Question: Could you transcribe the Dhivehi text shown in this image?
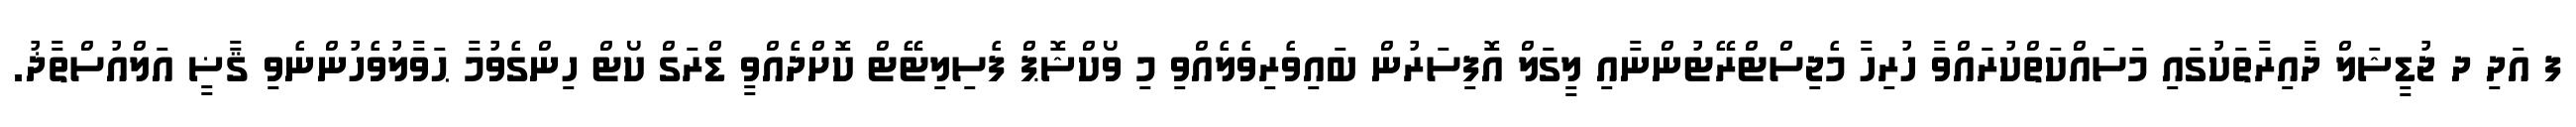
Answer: ފ އަދި ދ ޖުޑީޝަލް ދާއިރާތަކުގައި މަސައްކަތްކުރައްވާ ހުރިހާ މެޖިސްޓްރޭޓުންނާއި ލީގަލް އޮފިސަރުން ބައިވެރިވެލެއްވި މި ވޯކްޝޮޕް ފެސިލިޓޭޓް ކޮށްދެއްވީ ޑްރަގް ކޯޓް ހިންގެވުމާ ޙަވާލުވެހުންނެވި ޤާޟީ އަލްއުސްތާޛު.